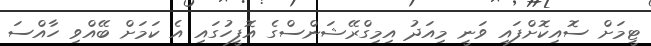
ޓީމަށް ސޮއިކޮށްފައި ވަނީ މިއަދު އިމިގްރޭޝަންސްގެ އޮފީހުގައި އެ ކަމަށް ބޭއްވި ހާއްސަ